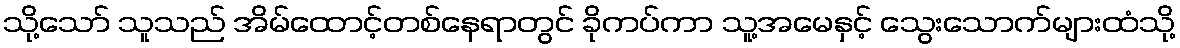
သို့သော် သူသည် အိမ်ထောင့်တစ်နေရာတွင် ခိုကပ်ကာ သူ့အမေနှင့် သွေးသောက်များထံသို့